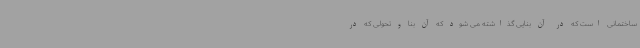
ساختمانی است که در آن بنایی گذاشته می شود که آن بنا و تحولی که در